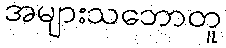
အများသဘောတူ